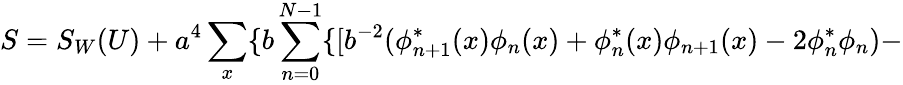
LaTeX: S=S_{W}(U)+a^{4}\sum_{x}\{ b\sum_{n=0}^{N-1}\{ [b^{-2}(\phi_{n+1}^{*}(x)\phi_{n}(x)+\phi_{n}^{*}(x)\phi_{n+1}(x)-2\phi_{n}^{*}\phi_{n})-